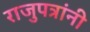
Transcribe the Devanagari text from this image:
राजुपत्रांनी